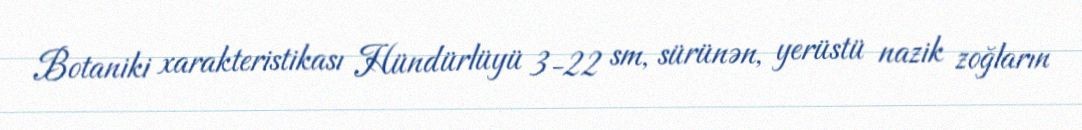
Botaniki xarakteristikası Hündürlüyü 3-22 sm, sürünən, yerüstü nazik zoğların